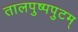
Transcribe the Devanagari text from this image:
तालपुष्पपुटम्